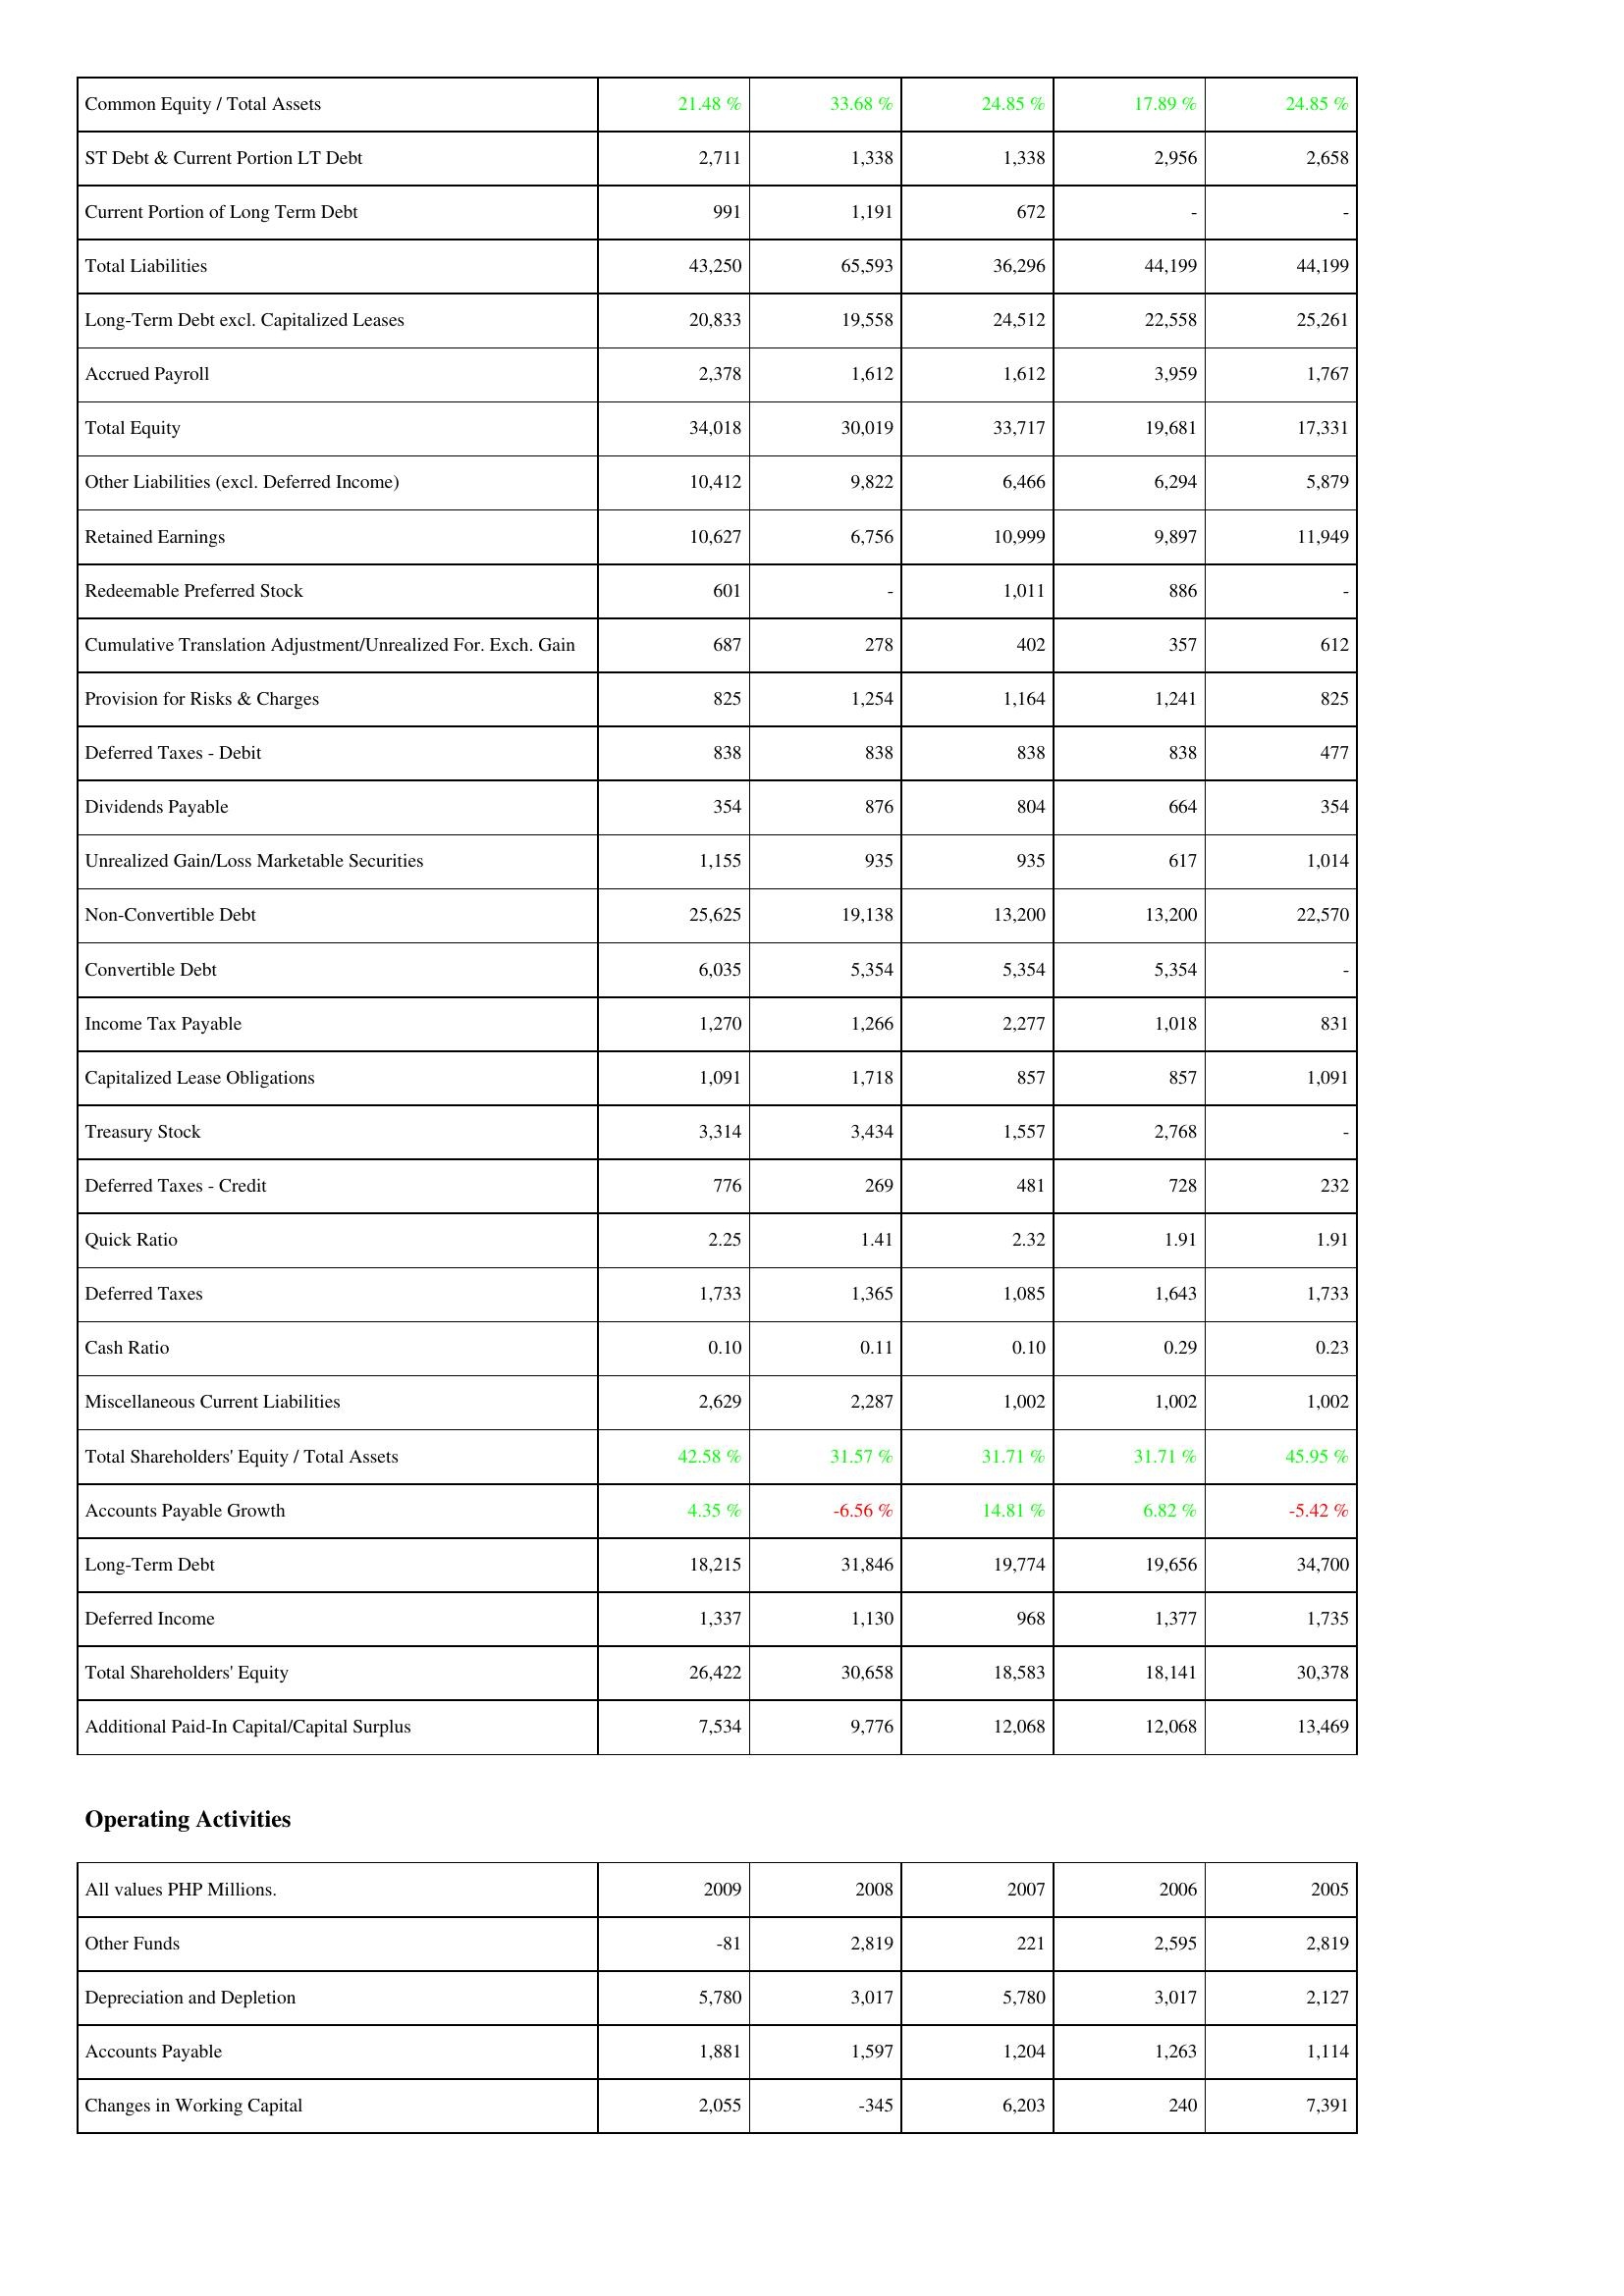
2009: Liabilities & Shareholders' Equity: Common Equity / Total Assets: 21.48 %
ST Debt & Current Portion LT Debt: 2,711
Current Portion of Long Term Debt: 991
Total Liabilities: 43,250
Long-Term Debt excl. Capitalized Leases: 20,833
Accrued Payroll: 2,378
Total Equity: 34,018
Other Liabilities (excl. Deferred Income): 10,412
Retained Earnings: 10,627
Redeemable Preferred Stock: 601
Cumulative Translation Adjustment/Unrealized For. Exch. Gain: 687
Provision for Risks & Charges: 825
Deferred Taxes - Debit: 838
Dividends Payable: 354
Unrealized Gain/Loss Marketable Securities: 1,155
Non-Convertible Debt: 25,625
Convertible Debt: 6,035
Income Tax Payable: 1,270
Capitalized Lease Obligations: 1,091
Treasury Stock: 3,314
Deferred Taxes - Credit: 776
Quick Ratio: 2.25
Deferred Taxes: 1,733
Cash Ratio: 0.10
Miscellaneous Current Liabilities: 2,629
Total Shareholders' Equity / Total Assets: 42.58 %
Accounts Payable Growth: 4.35 %
Long-Term Debt: 18,215
Deferred Income: 1,337
Total Shareholders' Equity: 26,422
Additional Paid-In Capital/Capital Surplus: 7,534
Operating Activities: Other Funds: -81
Depreciation and Depletion: 5,780
Accounts Payable: 1,881
Changes in Working Capital: 2,055
2008: Liabilities & Shareholders' Equity: Common Equity / Total Assets: 33.68 %
ST Debt & Current Portion LT Debt: 1,338
Current Portion of Long Term Debt: 1,191
Total Liabilities: 65,593
Long-Term Debt excl. Capitalized Leases: 19,558
Accrued Payroll: 1,612
Total Equity: 30,019
Other Liabilities (excl. Deferred Income): 9,822
Retained Earnings: 6,756
Redeemable Preferred Stock: -
Cumulative Translation Adjustment/Unrealized For. Exch. Gain: 278
Provision for Risks & Charges: 1,254
Deferred Taxes - Debit: 838
Dividends Payable: 876
Unrealized Gain/Loss Marketable Securities: 935
Non-Convertible Debt: 19,138
Convertible Debt: 5,354
Income Tax Payable: 1,266
Capitalized Lease Obligations: 1,718
Treasury Stock: 3,434
Deferred Taxes - Credit: 269
Quick Ratio: 1.41
Deferred Taxes: 1,365
Cash Ratio: 0.11
Miscellaneous Current Liabilities: 2,287
Total Shareholders' Equity / Total Assets: 31.57 %
Accounts Payable Growth: -6.56 %
Long-Term Debt: 31,846
Deferred Income: 1,130
Total Shareholders' Equity: 30,658
Additional Paid-In Capital/Capital Surplus: 9,776
Operating Activities: Other Funds: 2,819
Depreciation and Depletion: 3,017
Accounts Payable: 1,597
Changes in Working Capital: -345
2007: Liabilities & Shareholders' Equity: Common Equity / Total Assets: 24.85 %
ST Debt & Current Portion LT Debt: 1,338
Current Portion of Long Term Debt: 672
Total Liabilities: 36,296
Long-Term Debt excl. Capitalized Leases: 24,512
Accrued Payroll: 1,612
Total Equity: 33,717
Other Liabilities (excl. Deferred Income): 6,466
Retained Earnings: 10,999
Redeemable Preferred Stock: 1,011
Cumulative Translation Adjustment/Unrealized For. Exch. Gain: 402
Provision for Risks & Charges: 1,164
Deferred Taxes - Debit: 838
Dividends Payable: 804
Unrealized Gain/Loss Marketable Securities: 935
Non-Convertible Debt: 13,200
Convertible Debt: 5,354
Income Tax Payable: 2,277
Capitalized Lease Obligations: 857
Treasury Stock: 1,557
Deferred Taxes - Credit: 481
Quick Ratio: 2.32
Deferred Taxes: 1,085
Cash Ratio: 0.10
Miscellaneous Current Liabilities: 1,002
Total Shareholders' Equity / Total Assets: 31.71 %
Accounts Payable Growth: 14.81 %
Long-Term Debt: 19,774
Deferred Income: 968
Total Shareholders' Equity: 18,583
Additional Paid-In Capital/Capital Surplus: 12,068
Operating Activities: Other Funds: 221
Depreciation and Depletion: 5,780
Accounts Payable: 1,204
Changes in Working Capital: 6,203
2006: Liabilities & Shareholders' Equity: Common Equity / Total Assets: 17.89 %
ST Debt & Current Portion LT Debt: 2,956
Current Portion of Long Term Debt: -
Total Liabilities: 44,199
Long-Term Debt excl. Capitalized Leases: 22,558
Accrued Payroll: 3,959
Total Equity: 19,681
Other Liabilities (excl. Deferred Income): 6,294
Retained Earnings: 9,897
Redeemable Preferred Stock: 886
Cumulative Translation Adjustment/Unrealized For. Exch. Gain: 357
Provision for Risks & Charges: 1,241
Deferred Taxes - Debit: 838
Dividends Payable: 664
Unrealized Gain/Loss Marketable Securities: 617
Non-Convertible Debt: 13,200
Convertible Debt: 5,354
Income Tax Payable: 1,018
Capitalized Lease Obligations: 857
Treasury Stock: 2,768
Deferred Taxes - Credit: 728
Quick Ratio: 1.91
Deferred Taxes: 1,643
Cash Ratio: 0.29
Miscellaneous Current Liabilities: 1,002
Total Shareholders' Equity / Total Assets: 31.71 %
Accounts Payable Growth: 6.82 %
Long-Term Debt: 19,656
Deferred Income: 1,377
Total Shareholders' Equity: 18,141
Additional Paid-In Capital/Capital Surplus: 12,068
Operating Activities: Other Funds: 2,595
Depreciation and Depletion: 3,017
Accounts Payable: 1,263
Changes in Working Capital: 240
2005: Liabilities & Shareholders' Equity: Common Equity / Total Assets: 24.85 %
ST Debt & Current Portion LT Debt: 2,658
Current Portion of Long Term Debt: -
Total Liabilities: 44,199
Long-Term Debt excl. Capitalized Leases: 25,261
Accrued Payroll: 1,767
Total Equity: 17,331
Other Liabilities (excl. Deferred Income): 5,879
Retained Earnings: 11,949
Redeemable Preferred Stock: -
Cumulative Translation Adjustment/Unrealized For. Exch. Gain: 612
Provision for Risks & Charges: 825
Deferred Taxes - Debit: 477
Dividends Payable: 354
Unrealized Gain/Loss Marketable Securities: 1,014
Non-Convertible Debt: 22,570
Convertible Debt: -
Income Tax Payable: 831
Capitalized Lease Obligations: 1,091
Treasury Stock: -
Deferred Taxes - Credit: 232
Quick Ratio: 1.91
Deferred Taxes: 1,733
Cash Ratio: 0.23
Miscellaneous Current Liabilities: 1,002
Total Shareholders' Equity / Total Assets: 45.95 %
Accounts Payable Growth: -5.42 %
Long-Term Debt: 34,700
Deferred Income: 1,735
Total Shareholders' Equity: 30,378
Additional Paid-In Capital/Capital Surplus: 13,469
Operating Activities: Other Funds: 2,819
Depreciation and Depletion: 2,127
Accounts Payable: 1,114
Changes in Working Capital: 7,391